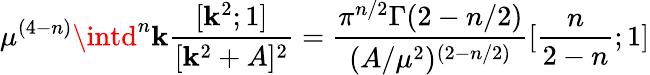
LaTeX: \mu^{(4-n)}\intd^{n}\mathbf{k}\frac{{[\mathbf{k}^{2};1]}}{{[\mathbf{k}^{2}+A]^{2}}}=\frac{{\pi^{n/2}\Gamma(2-n/2)}}{{(A/\mu^{2})^{(2-n/2)}}}[\frac{{n}}{{2-n}};1]